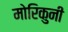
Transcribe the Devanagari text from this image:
मोरिकुनी